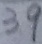
3 9